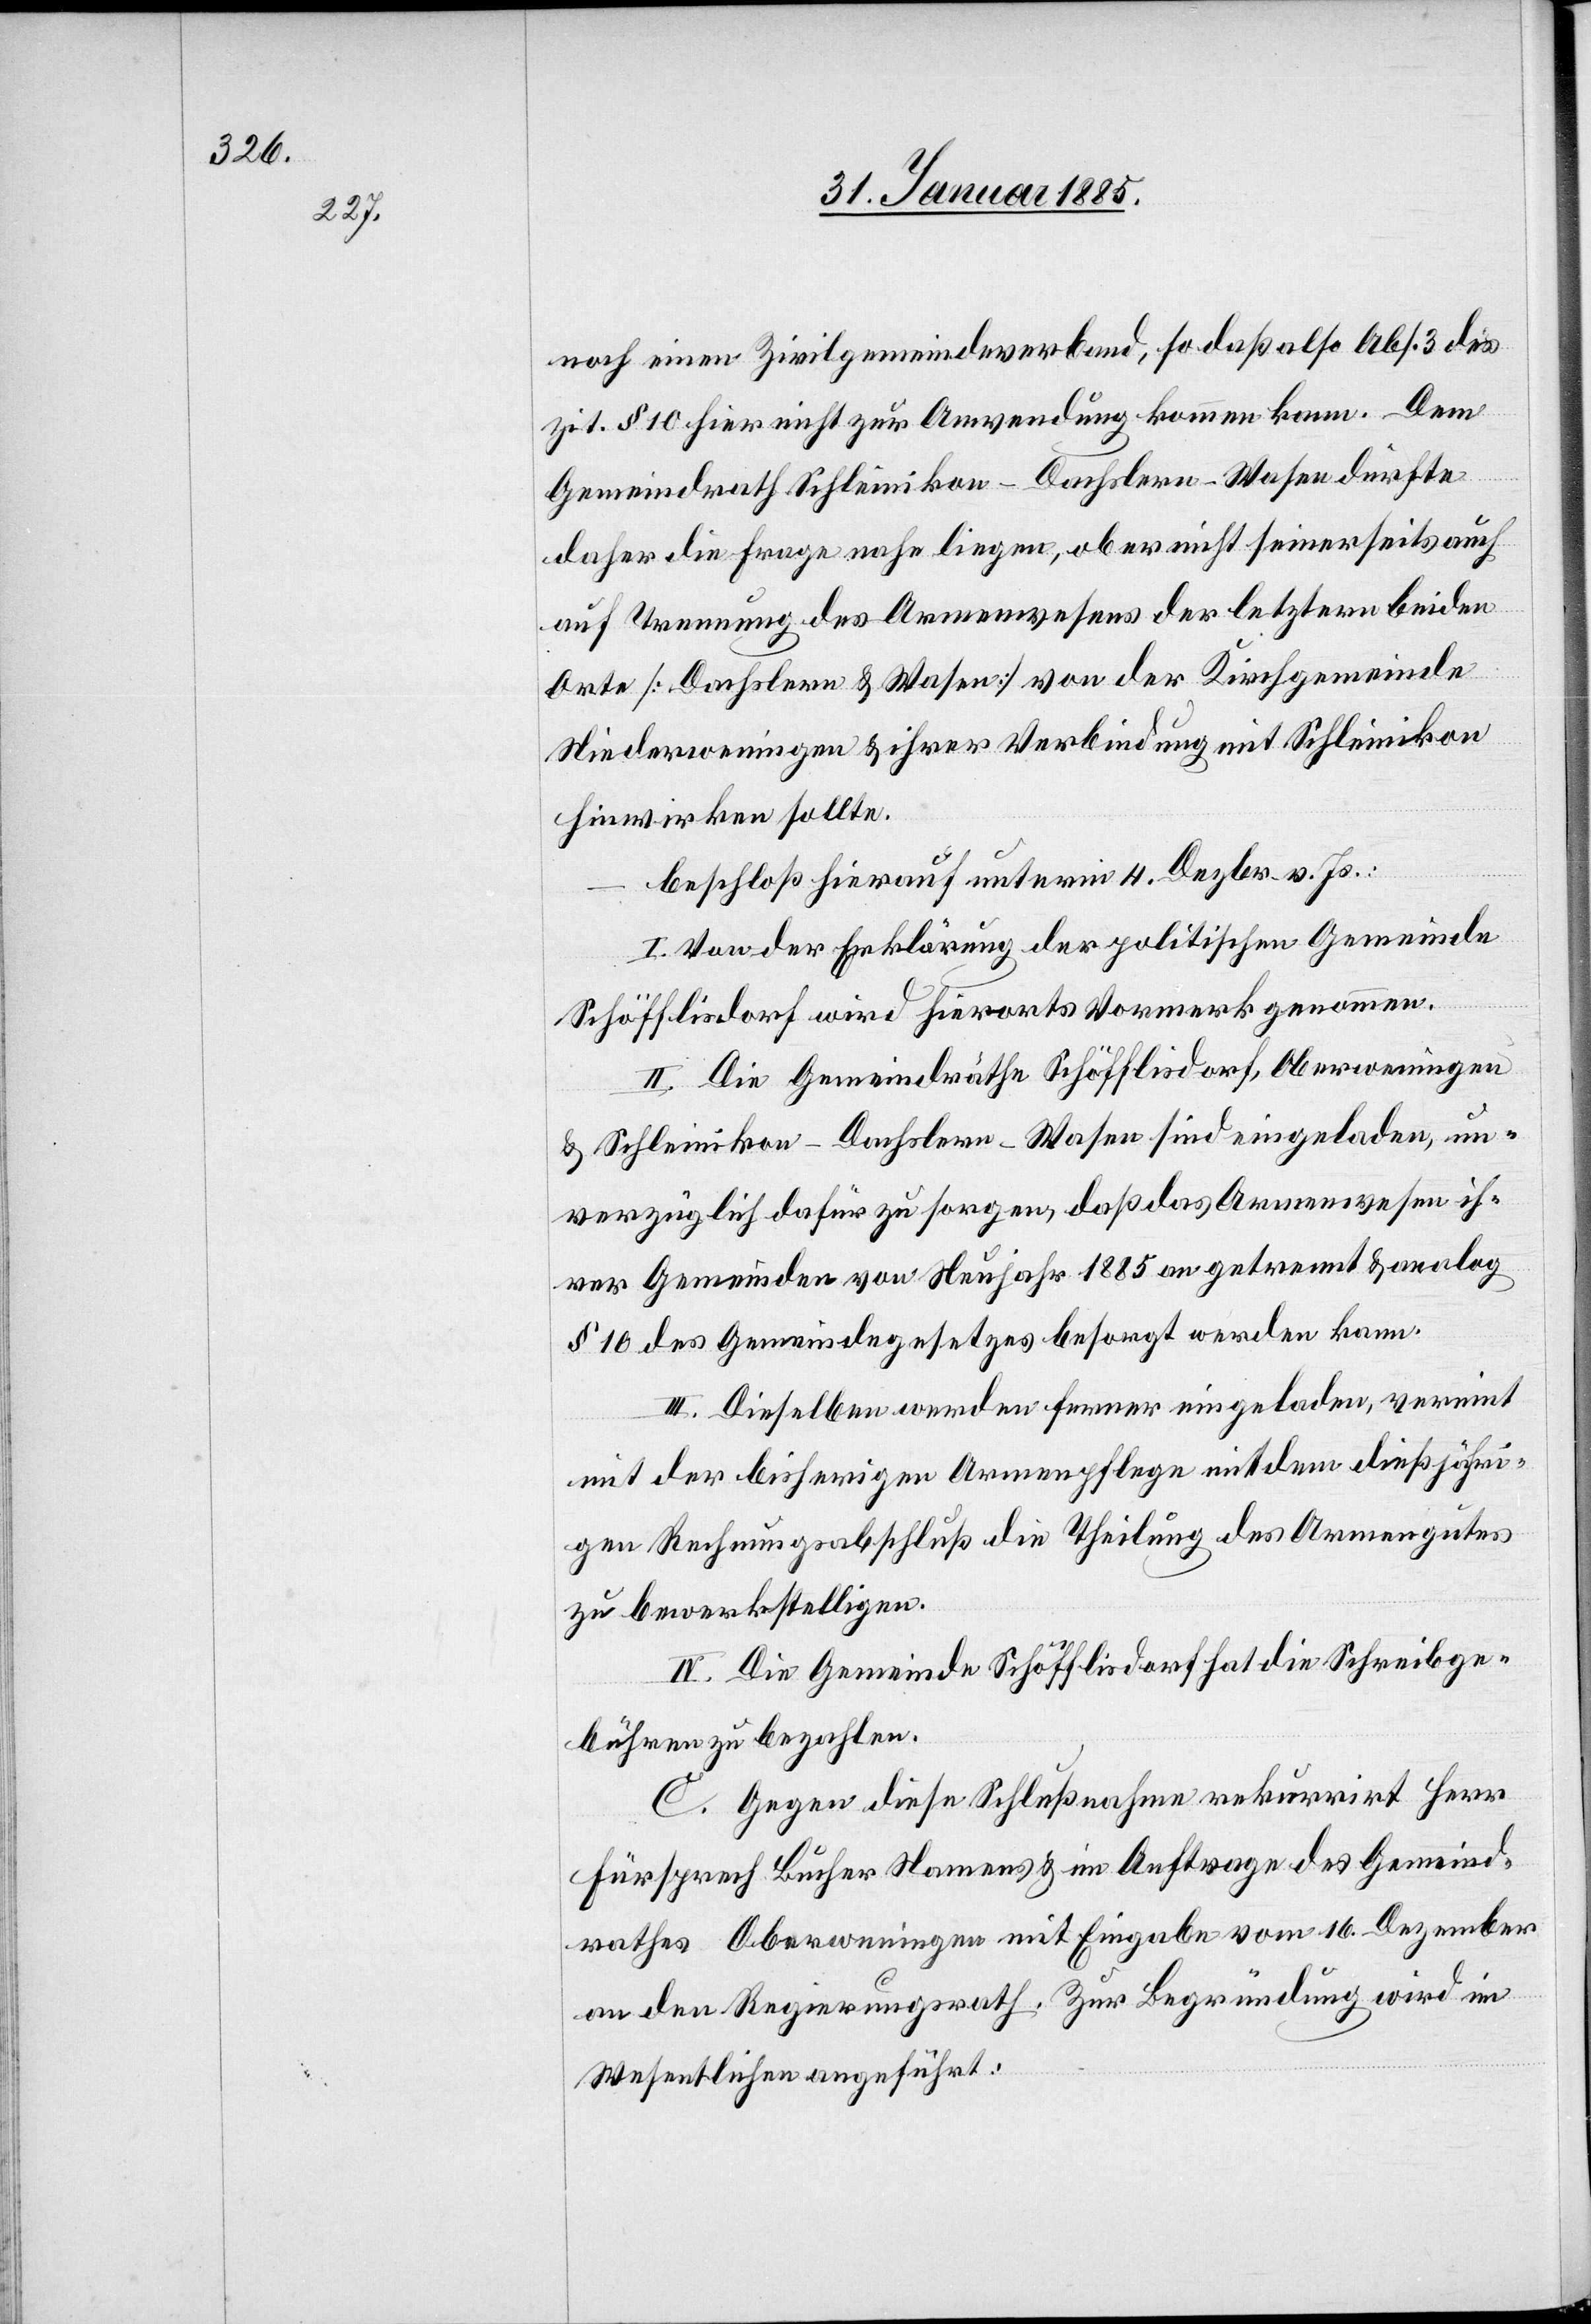
noch einen Zivilgemeindeverband, so daß also Abs. 3 des
zit. § 10 hier nicht zur Anwendung kommen kann. Dem
Gemeindrath Schleinikon-Dachslern-Wasen dürfte
daher die Frage nahe liegen, ob er nicht seinerseits auch
auf Trennung des Armenwesens der letztern beiden
Orte [Dachslern & Wasen] von der Kirchgemeinde
Niederweningen & ihrer Verbindung mit Schleinikon
hinwirken sollte.
beschloß hierauf unterm 4. Dezbr. v. Js.
I. Von der Erklärung der politischen Gemeinde
Schöfflisdorf wird hierorts Vormerk genommen.
II. Die Gemeindräthe Schöfflisdorf, Oberweningen
& Schleinikon-Dachslern-Wasen sind eingeladen, un¬
verzüglich dafür zu sorgen, daß das Armenwesen ih¬
rer Gemeinden von Neujahr 1885 an getrennt & analog
§ 10 des Gemeindegesetzes besorgt werden kann.
III. Dieselben werden ferner eingeladen, vereint
mit der bisherigen Armenpflege mit dem dießjähri¬
gen Rechnungsabschluß die Theilung des Armengutes
zu bewerkstelligen.
IV. Die Gemeinde Schöfflisdorf hat die Schreibge¬
bühren zu bezahlen.
C. Gegen diese Schlußnahme rekurrirt Herr
Fürsprech Bucher Namens & im Auftrage des Gemeind¬
rathes Oberweningen mit Eingabe vom 16. Dezember
an den Regierungsrath. Zur Begründung wird im
Wesentlichen angeführt: